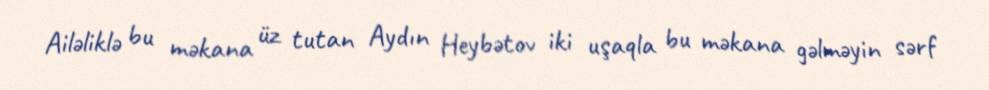
Ailəliklə bu məkana üz tutan Aydın Heybətov iki uşaqla bu məkana gəlməyin sərf